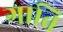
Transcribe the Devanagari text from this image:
गाति